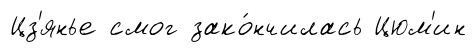
Цз'янье смог зако́нчилась Цюм'ин